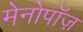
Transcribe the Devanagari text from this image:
मेनोपॉज़